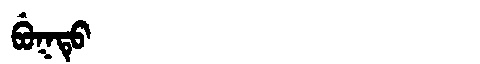
Manchu: ᠪᡠᡴᡨᡠ
Romanization: BUKTU